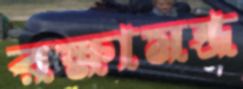
রক্ষামন্ত্র